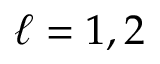
\ell = 1 , 2